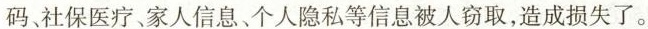
码、社保医疗、家人信息﹑个人隐私等信息被人窃取，造成损失了。